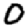
Digit: 0